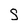
Character: S